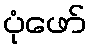
ပုံဖော်